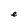
Character: e